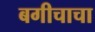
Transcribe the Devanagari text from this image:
बगीचाचा